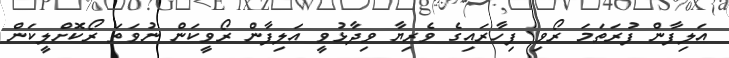
އަލިފާން ފުރަތަމަ ރޯވި ފިހާރައިގެ ވެރިޔާ ވިދާޅުވީ އަލިފާން ރޯވީކަން ނުވަތަ ރޯކޮށްލީކަން